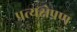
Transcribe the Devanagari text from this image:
प्रत्यक्षेपण